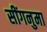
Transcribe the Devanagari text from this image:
सींगनुमा